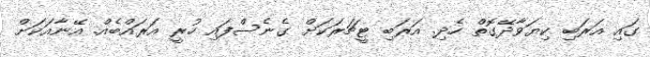
ގައި އަރަބި ކިޔަވާދޭގޮތް ހެދި. އަރަބި ޓީޗަރަކަށް ގެނެސްފައި ހުރީ އަރައްބެއް. އޭނާއަކަށް